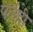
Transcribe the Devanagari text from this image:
पंतंही